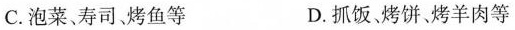
C.泡菜、寿司、烤鱼等 D.抓饭、烤饼、烤羊肉等